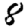
Digit: 8